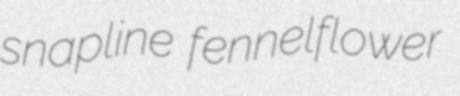
snapline fennelflower